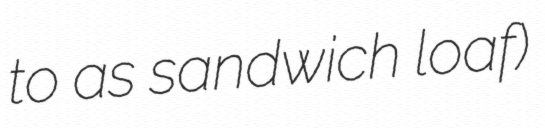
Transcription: to as sandwich loaf)